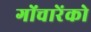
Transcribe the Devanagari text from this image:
गोंचारेंको